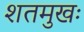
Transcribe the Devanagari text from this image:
शतमुखः